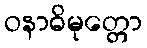
ဝနာဓိမုတ္တော